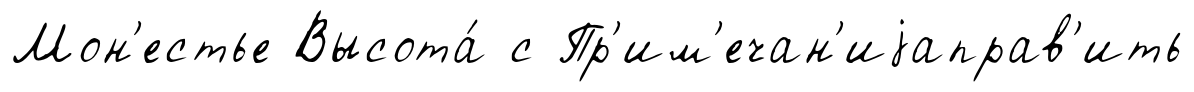
Мон'естье Высота́ с Пр'им'ечан'иjаправ'ить